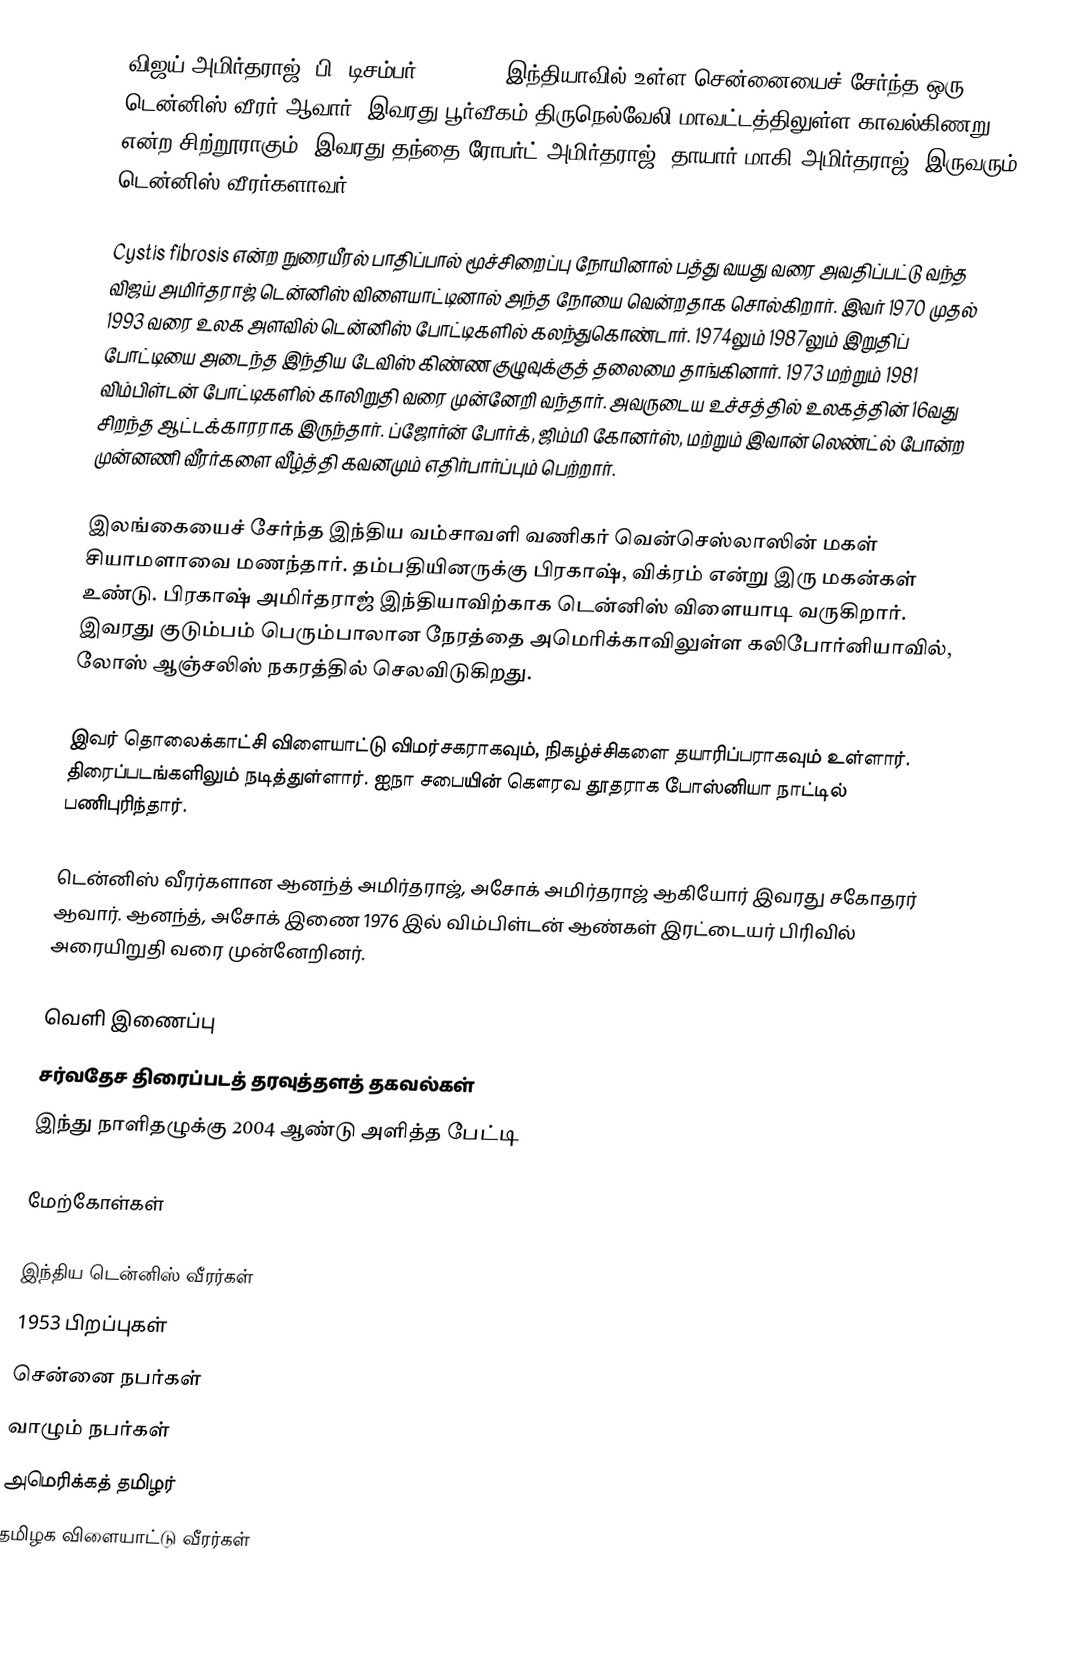
விஜய் அமிர்தராஜ் (பி. டிசம்பர் 14, 1953) இந்தியாவில் உள்ள சென்னையைச் சேர்ந்த ஒரு டென்னிஸ் வீரர் ஆவார். இவரது பூர்வீகம் திருநெல்வேலி மாவட்டத்திலுள்ள காவல்கிணறு என்ற சிற்றூராகும். இவரது தந்தை ரோபர்ட் அமிர்தராஜ்; தாயார் மாகி அமிர்தராஜ். இருவரும் டென்னிஸ் வீரர்களாவர்.

Cystis fibrosis என்ற நுரையீரல் பாதிப்பால் மூச்சிறைப்பு நோயினால் பத்து வயது வரை அவதிப்பட்டு வந்த விஜய் அமிர்தராஜ் டென்னிஸ் விளையாட்டினால் அந்த நோயை வென்றதாக சொல்கிறார். இவர் 1970 முதல் 1993 வரை உலக அளவில் டென்னிஸ் போட்டிகளில் கலந்துகொண்டார். 1974லும் 1987லும் இறுதிப் போட்டியை அடைந்த இந்திய டேவிஸ் கிண்ண குழுவுக்குத் தலைமை தாங்கினார். 1973 மற்றும் 1981 விம்பிள்டன் போட்டிகளில் காலிறுதி வரை முன்னேறி வந்தார். அவருடைய உச்சத்தில் உலகத்தின் 16வது சிறந்த ஆட்டக்காரராக இருந்தார். ப்ஜோர்ன் போர்க், ஜிம்மி கோனர்ஸ், மற்றும் இவான் லெண்ட்ல் போன்ற முன்னணி வீரர்களை வீழ்த்தி கவனமும் எதிர்பார்ப்பும் பெற்றார்.

இலங்கையைச் சேர்ந்த இந்திய வம்சாவளி வணிகர் வென்செஸ்லாஸின் மகள் சியாமளாவை மணந்தார். தம்பதியினருக்கு பிரகாஷ், விக்ரம் என்று இரு மகன்கள் உண்டு. பிரகாஷ் அமிர்தராஜ் இந்தியாவிற்காக டென்னிஸ் விளையாடி வருகிறார். இவரது குடும்பம் பெரும்பாலான நேரத்தை அமெரிக்காவிலுள்ள கலிபோர்னியாவில், லோஸ் ஆஞ்சலிஸ் நகரத்தில் செலவிடுகிறது.

இவர் தொலைக்காட்சி விளையாட்டு விமர்சகராகவும், நிகழ்ச்சிகளை தயாரிப்பராகவும் உள்ளார். திரைப்படங்களிலும் நடித்துள்ளார். ஐநா சபையின் கௌரவ தூதராக போஸ்னியா நாட்டில் பணிபுரிந்தார்.

டென்னிஸ் வீரர்களான ஆனந்த் அமிர்தராஜ், அசோக் அமிர்தராஜ் ஆகியோர் இவரது சகோதரர் ஆவார். ஆனந்த், அசோக் இணை 1976 இல் விம்பிள்டன் ஆண்கள் இரட்டையர் பிரிவில் அரையிறுதி வரை முன்னேறினர்.

வெளி இணைப்பு
 சர்வதேச திரைப்படத் தரவுத்தளத் தகவல்கள்
 இந்து நாளிதழுக்கு 2004 ஆண்டு அளித்த பேட்டி

மேற்கோள்கள்

இந்திய டென்னிஸ் வீரர்கள்
1953 பிறப்புகள்
சென்னை நபர்கள்
வாழும் நபர்கள்
அமெரிக்கத் தமிழர்
தமிழக விளையாட்டு வீரர்கள்